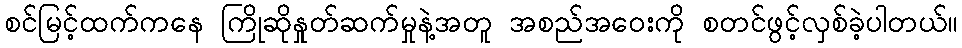
စင်မြင့်ထက်ကနေ ကြိုဆိုနှုတ်ဆက်မှုနဲ့အတူ အစည်အဝေးကို စတင်ဖွင့်လှစ်ခဲ့ပါတယ်။